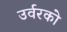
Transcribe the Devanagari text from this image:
उर्वरको